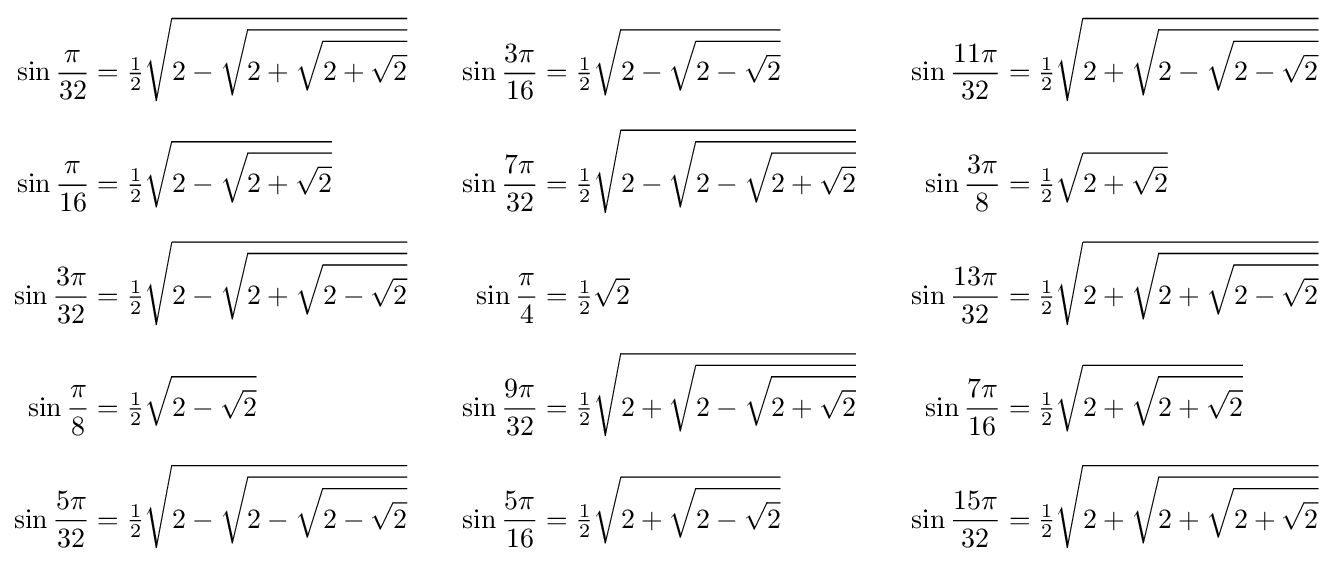
{\begin{aligned}\sin {\frac {\pi }{32}}&={\tfrac {1}{2}}{\sqrt {2-{\sqrt {2+{\sqrt {2+{\sqrt {2}}}}}}}}&\quad \sin {\frac {3\pi }{16}}&={\tfrac {1}{2}}{\sqrt {2-{\sqrt {2-{\sqrt {2}}}}}}&\quad \sin {\frac {11\pi }{32}}&={\tfrac {1}{2}}{\sqrt {2+{\sqrt {2-{\sqrt {2-{\sqrt {2}}}}}}}}\\[6pt]\sin {\frac {\pi }{16}}&={\tfrac {1}{2}}{\sqrt {2-{\sqrt {2+{\sqrt {2}}}}}}&\quad \sin {\frac {7\pi }{32}}&={\tfrac {1}{2}}{\sqrt {2-{\sqrt {2-{\sqrt {2+{\sqrt {2}}}}}}}}&\quad \sin {\frac {3\pi }{8}}&={\tfrac {1}{2}}{\sqrt {2+{\sqrt {2}}}}\\[6pt]\sin {\frac {3\pi }{32}}&={\tfrac {1}{2}}{\sqrt {2-{\sqrt {2+{\sqrt {2-{\sqrt {2}}}}}}}}&\quad \sin {\frac {\pi }{4}}&={\tfrac {1}{2}}{\sqrt {2}}&\quad \sin {\frac {13\pi }{32}}&={\tfrac {1}{2}}{\sqrt {2+{\sqrt {2+{\sqrt {2-{\sqrt {2}}}}}}}}\\[6pt]\sin {\frac {\pi }{8}}&={\tfrac {1}{2}}{\sqrt {2-{\sqrt {2}}}}&\quad \sin {\frac {9\pi }{32}}&={\tfrac {1}{2}}{\sqrt {2+{\sqrt {2-{\sqrt {2+{\sqrt {2}}}}}}}}&\quad \sin {\frac {7\pi }{16}}&={\tfrac {1}{2}}{\sqrt {2+{\sqrt {2+{\sqrt {2}}}}}}\\[6pt]\sin {\frac {5\pi }{32}}&={\tfrac {1}{2}}{\sqrt {2-{\sqrt {2-{\sqrt {2-{\sqrt {2}}}}}}}}&\quad \sin {\frac {5\pi }{16}}&={\tfrac {1}{2}}{\sqrt {2+{\sqrt {2-{\sqrt {2}}}}}}&\quad \sin {\frac {15\pi }{32}}&={\tfrac {1}{2}}{\sqrt {2+{\sqrt {2+{\sqrt {2+{\sqrt {2}}}}}}}}\end{aligned}}